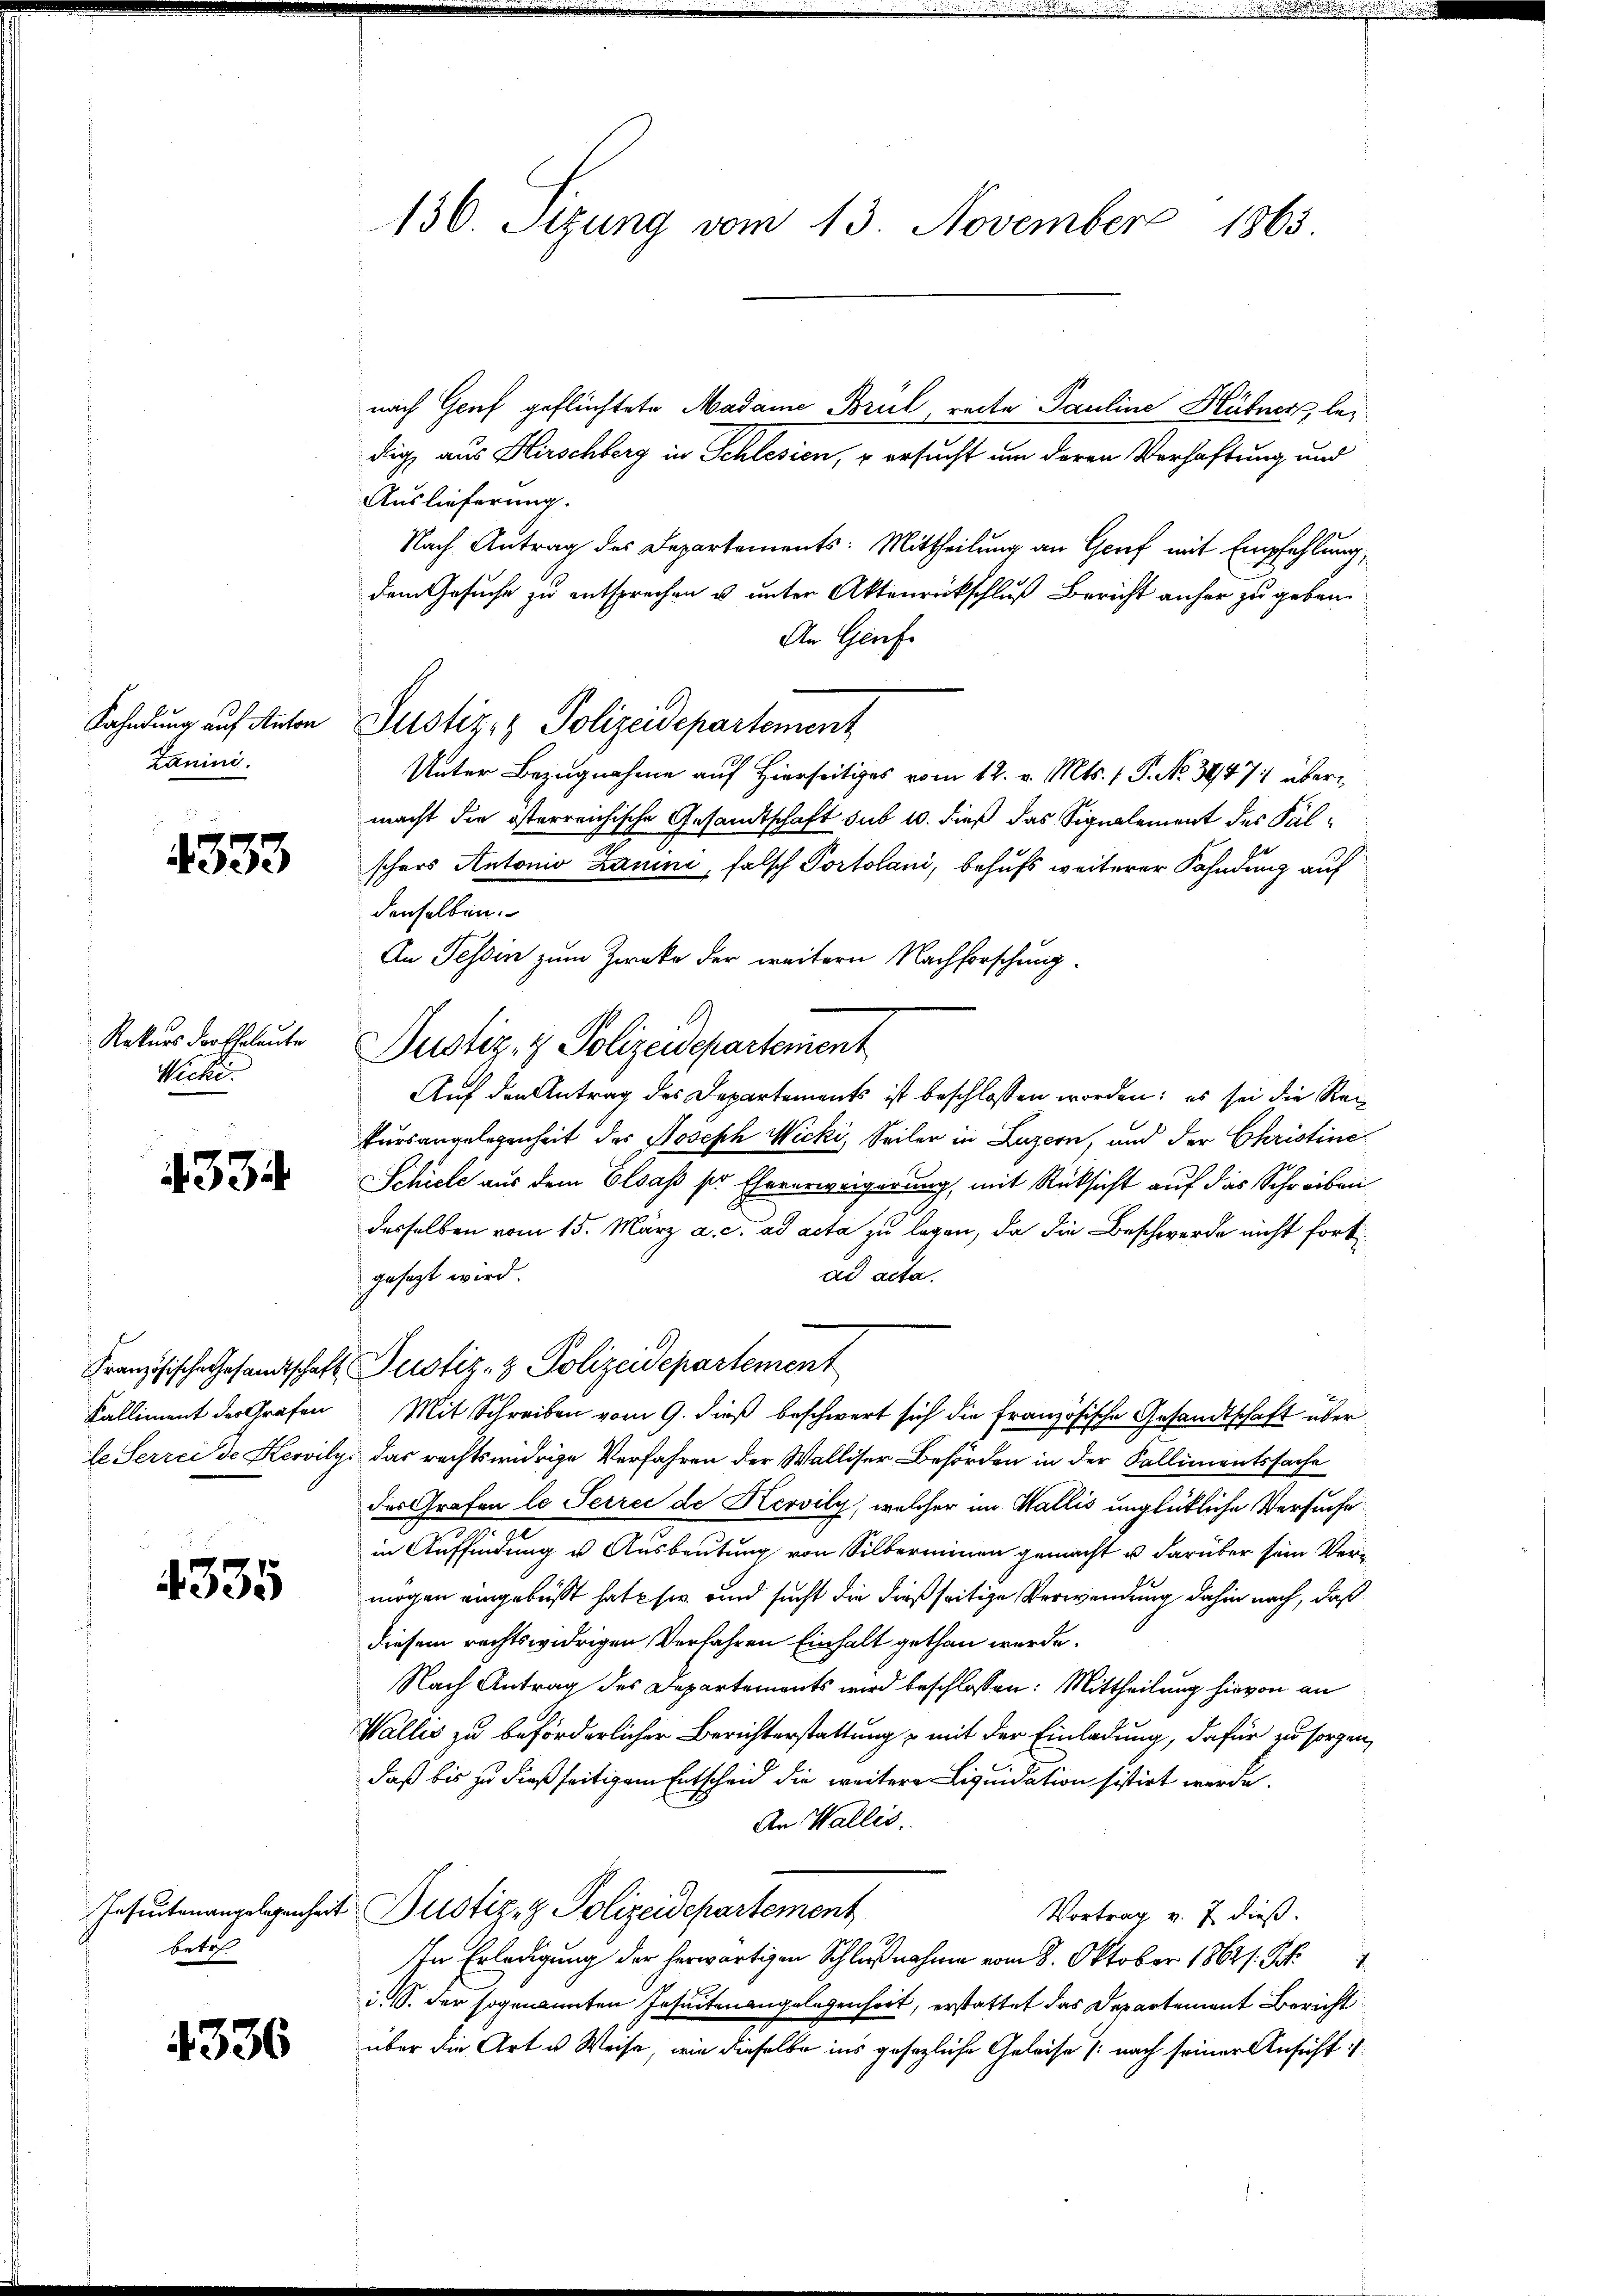
Zanini.

4333

Rekurs der Eheleute
Wicki.

4334.

4335

nach Genf geflüchtete Madame Brül, reite Pauline Hübner, ledig aus Hirschberg in Schlesien, u ersucht um deren Verhaftung und
Auslieferung.
Nach Antrag des Departements: Mittheilung an Genf mit Empfehlung,
dem Gesuche zu entsprechen u unter Aktenrückschluß Bericht anher zu geben.
An Genfe
Fahndung auf Anton Justiz & Polizeidepartement
Unter Bezugnahme auf Hierseitiges vom 12. v. Mts. 1 P. No. 3447: übermacht die österreichische Gesandtschaft sub 10. dieß das Signalement des Fälschers Antonio Zaune, falsch Portolani, behufs weiterer Fahndung auf
denselben.
An Tessin zum Zwecke der weitern Nachforschung¬
Justiz- & Polizeidepartement
Auf den Antrag des Departements ist beschlossen worden; es sei die Rei
kursangelegenheit des Joseph Wicki, Seiler in Luzern, und der Christine
Schiele aus dem Elsass ser Ehererweigerung, mit Rücksicht auf das Schreiben
desselben vom 15. März a. c. ad acta zu legen, da die Beschwerde nicht fortad acta.
gesagt wird.
Französische Gesandtschaft Justiz- & Polizeidepartement
Kalliment der Grafen Mit Schreiben vom 9. dieß beschwert sich die Französische Gesandtschaft über
le Serrei de Kervilys das rechtswidrige Verfahren der Walliser Behörden in der Fallimentssache
des Grafen le Perrei de Hervilz, welcher im Wallis unglückliche Versuche
in Auffindung u. Ausbeutung von Silberminen gemacht u. darüber sein Vermögen eingebüßt hat sie und sucht die dießseitige Verwendung dahin nach, daß
diesem rechtswidrigen Verfahren Einhalt gethan werde.
Nach Antrag des Departements wird beschlossen: Mittheilung hievon an
Wallis zu beförderlicher Berichterstattung & mit der Einladung, dafür zu sorgen,
daß bis zu dießseitigem Entscheid die weitere Liquidation sistirt werde.
An Wallis.
Ieseutenangelegenheit Zustiz & Polizeidepartement
Vortrag v. 7 dieß.
In Erledigung der herwärtigen Schlußnahme vom 8. Oktober 18641. Sek
.S. der sogenannten Insecten angelegenheit, erstattet das Departement Bericht
über die Art u. Weise, wie dieselbe ins gesezliche Geleise /: nach seiner Ansicht is

betrof

4336

136. Sizung vom 13. November 1865